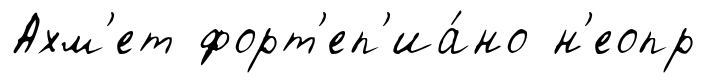
Ахм'ет форт'еп'иа́но н'еопр